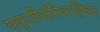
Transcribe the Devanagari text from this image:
यकृतीयनिवाहिका